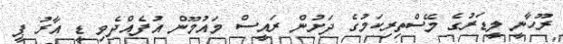
ރޫހާނީ ލީޑަރުގެ މޭސްތިރިކަމުގެ ދަށުން ރައީސް މައުމޫން އުފެއްދެވި ޑީ އާރު ޕީ